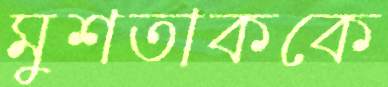
মুশতাককে